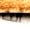
أنت